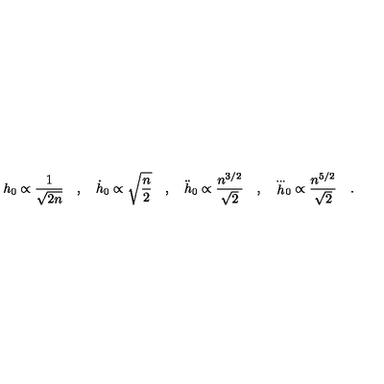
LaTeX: h _ { 0 } \propto \frac { 1 } { \sqrt { 2 n } } \quad , \quad \dot { h } _ { 0 } \propto \sqrt { \frac { n } { 2 } } \quad , \quad \ddot { h } _ { 0 } \propto \frac { n ^ { 3 / 2 } } { \sqrt { 2 } } \quad , \quad { \stackrel { . . . } h } _ { 0 } \propto \frac { n ^ { 5 / 2 } } { \sqrt { 2 } } \quad .